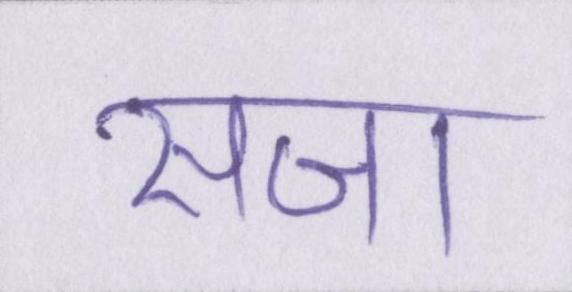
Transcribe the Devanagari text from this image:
सजा